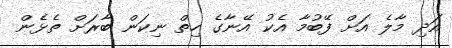
އަދި މާލެ އަށް ފޭބުމާ އެކު އޭނާގެ ހިތް ނިކަން ބާރަށް ތެޅެން